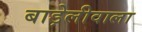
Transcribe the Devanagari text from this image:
बाड़ेलीवाला